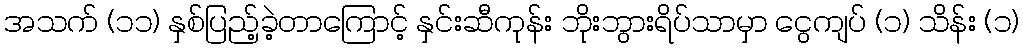
အသက် (၁၁) နှစ်ပြည့်ခဲ့တာကြောင့် နှင်းဆီကုန်း ဘိုးဘွားရိပ်သာမှာ ငွေကျပ် (၁) သိန်း (၁)